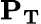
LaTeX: \mathbf{P_{T}}